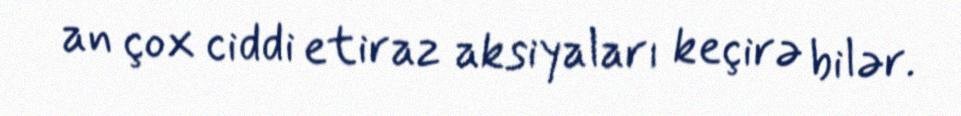
an çox ciddi etiraz aksiyaları keçirə bilər.